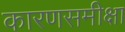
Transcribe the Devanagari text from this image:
कारणसमीक्षा